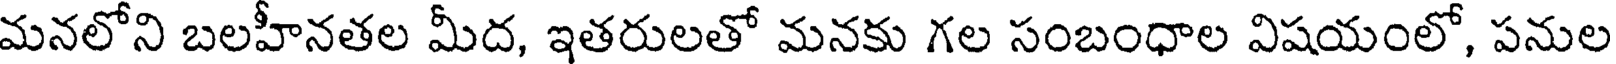
మనలోని బలహీనతల మీద, ఇతరులతో మనకు గల సంబంధాల విషయంలో, పనుల